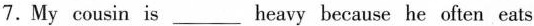
7.My cousin is ____ heavy because he often eats